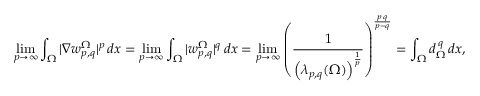
\operatorname* { l i m } _ { p \to \infty } \int _ { \Omega } | \nabla w _ { p , q } ^ { \Omega } | ^ { p } \, d x = \operatorname* { l i m } _ { p \to \infty } \int _ { \Omega } | w _ { p , q } ^ { \Omega } | ^ { q } \, d x = \operatorname* { l i m } _ { p \to \infty } \left( \frac { 1 } { \Big ( \lambda _ { p , q } ( \Omega ) \Big ) ^ { \frac { 1 } { p } } } \right) ^ { \frac { p \, q } { p - q } } = \int _ { \Omega } d _ { \Omega } ^ { \, q } \, d x ,